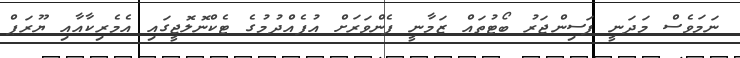
ނަމަވެސް މަދަނީ ފަސިންޖަރު ބޯޓުތައް ޒަމާނީ ފެންވަރަށް އުފެއްދުމުގެ ޓެކްނޮލޮޖީގައި އެމެރިކާއާއި ޔޫރަޕް